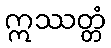
ဣဿတ္တံ